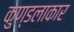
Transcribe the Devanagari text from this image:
कुण्डलाकार